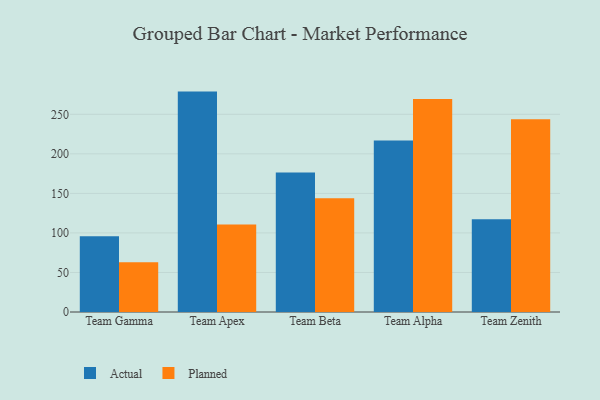
{"axis": {"x": "Team", "y": "Net Income (USD K)"}, "legend": ["Actual", "Planned"], "data": [{"x": "Team Gamma", "y": 95.8, "type": "Actual"}, {"x": "Team Gamma", "y": 62.9, "type": "Planned"}, {"x": "Team Apex", "y": 278.7, "type": "Actual"}, {"x": "Team Apex", "y": 110.7, "type": "Planned"}, {"x": "Team Beta", "y": 176.4, "type": "Actual"}, {"x": "Team Beta", "y": 143.9, "type": "Planned"}, {"x": "Team Alpha", "y": 217.0, "type": "Actual"}, {"x": "Team Alpha", "y": 269.5, "type": "Planned"}, {"x": "Team Zenith", "y": 117.4, "type": "Actual"}, {"x": "Team Zenith", "y": 243.8, "type": "Planned"}]}